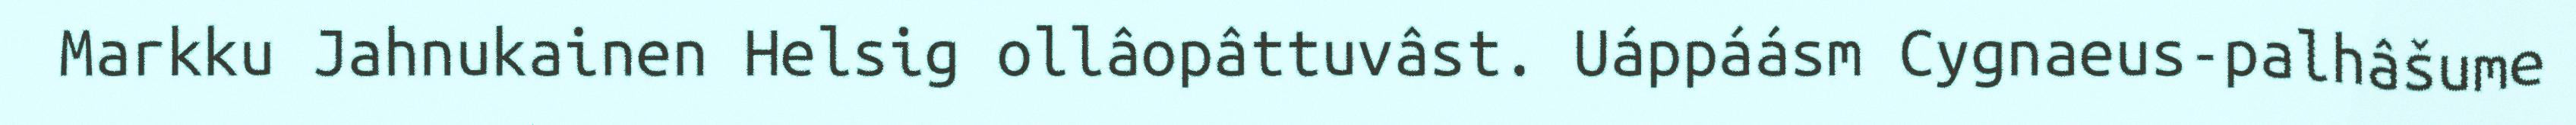
Markku Jahnukainen Helsig ollâopâttuvâst. Uáppáásm Cygnaeus-palhâšume